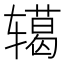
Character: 𮝺